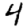
Digit: 4